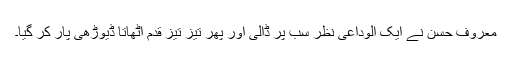
معروف حسن نے ایک الوداعی نظر سب پر ڈالی اور پھر تیز تیز قدم اٹھاتا ڈیوڑھی پار کر گیا۔